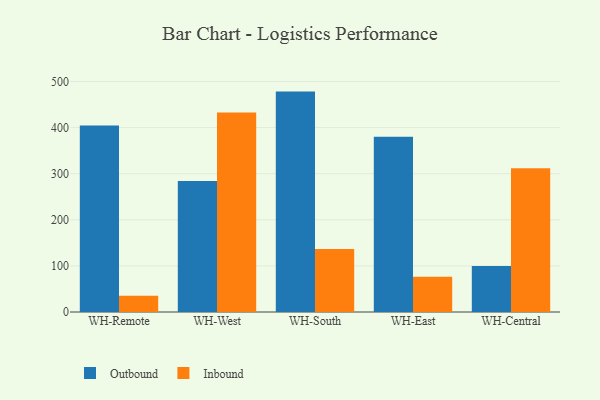
{"axis": {"x": "Warehouse", "y": "Churn Rate (%)"}, "legend": ["Inbound", "Outbound"], "data": [{"x": "WH-Remote", "y": 404.8, "type": "Outbound"}, {"x": "WH-Remote", "y": 35.5, "type": "Inbound"}, {"x": "WH-West", "y": 284.2, "type": "Outbound"}, {"x": "WH-West", "y": 432.5, "type": "Inbound"}, {"x": "WH-South", "y": 478.1, "type": "Outbound"}, {"x": "WH-South", "y": 136.7, "type": "Inbound"}, {"x": "WH-East", "y": 380.1, "type": "Outbound"}, {"x": "WH-East", "y": 76.5, "type": "Inbound"}, {"x": "WH-Central", "y": 99.7, "type": "Outbound"}, {"x": "WH-Central", "y": 311.6, "type": "Inbound"}]}